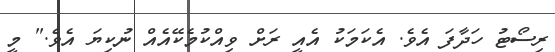
ރިސޯޓު ހަދާފަ އެވެ. އެކަމަކު އެއީ ރަށް ވިއްކުމެކޭއެއް ނުކިޔަ އެވެ." މީ